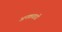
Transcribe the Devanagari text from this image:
अनकवाडी